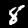
Digit: 8